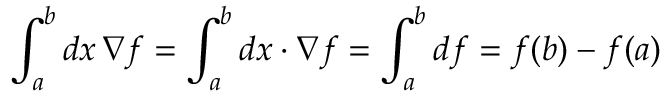
\int _ { a } ^ { b } d x \, \nabla f = \int _ { a } ^ { b } d x \cdot \nabla f = \int _ { a } ^ { b } d f = f ( b ) - f ( a )